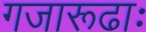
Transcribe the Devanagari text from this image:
गजारूढाः